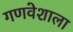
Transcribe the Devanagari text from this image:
गणवेशाला